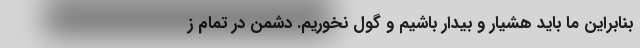
بنابراین ما باید هشیار و بیدار باشیم و گول نخوریم. دشمن در تمام ز